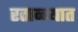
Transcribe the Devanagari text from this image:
रताळ्यात